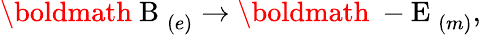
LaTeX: \mathrm{\boldmath~B~}_{(e)}\rightarrow\mathrm{\boldmath~-E~}_{(m)},